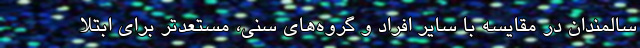
سالمندان در مقایسه با سایر افراد و گروه‌های سنی، مستعدتر برای ابتلا